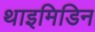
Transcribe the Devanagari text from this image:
थाइमिडिन